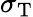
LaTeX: \sigma_{\mathrm{T}}